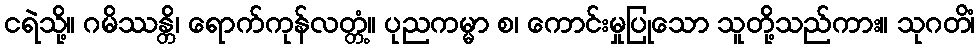
ငရဲသို့။ ဂမိဿန္တိ၊ ရောက်ကုန်လတ္တံ့။ ပုညကမ္မာ စ၊ ကောင်းမှုပြုသော သူတို့သည်ကား။ သုဂတိံ၊